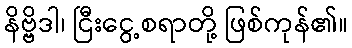
နိဗ္ဗိဒါ၊ ငြီးငွေ့စရာတို့ ဖြစ်ကုန်၏။